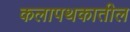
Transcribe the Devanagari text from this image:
कलापथकातील